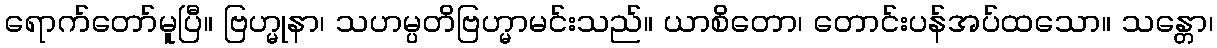
ရောက်တော်မူပြီ။ ဗြဟ္မုနာ၊ သဟမ္ပတိဗြဟ္မာမင်းသည်။ ယာစိတော၊ တောင်းပန်အပ်ထသော။ သန္တော၊